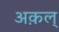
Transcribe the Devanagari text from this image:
अक़ल्‌